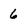
Character: 6